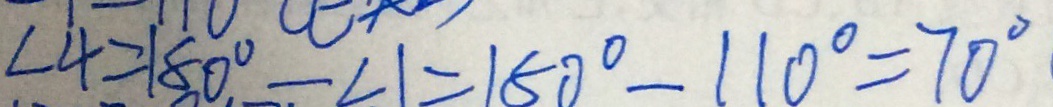
\angle 4 = 1 8 0 ^ { \circ } - \angle 1 = 1 5 0 ^ { \circ } - 1 1 0 ^ { \circ } = 7 0 ^ { \circ }